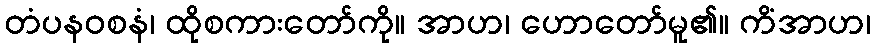
တံပနဝစနံ၊ ထိုစကားတော်ကို။ အာဟ၊ ဟောတော်မူ၏။ ကိံအာဟ၊